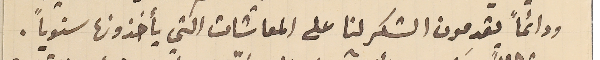
ودائماً يقدمون الشكر لنا على المعاشات التي يأخذونها سنوياً.